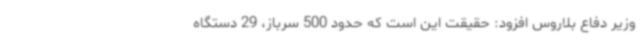
وزیر دفاع بلاروس افزود: حقیقت این است که حدود 500 سرباز، 29 دستگاه